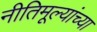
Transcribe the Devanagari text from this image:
नीतिमूल्यांच्या